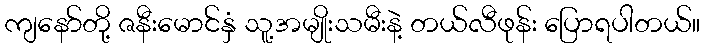
ကျနော်တို့ ဇနီးမောင်နှံ သူ့အမျိုးသမီးနဲ့ တယ်လီဖုန်း ပြောရပါတယ်။